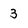
Character: 3